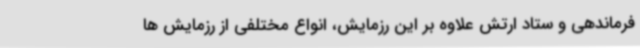
فرماندهی و ستاد ارتش علاوه بر این رزمایش، انواع مختلفی از رزمایش ها